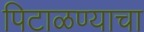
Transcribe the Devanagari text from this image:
पिटाळण्याचा